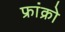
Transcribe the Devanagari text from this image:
फ्रांक्रो